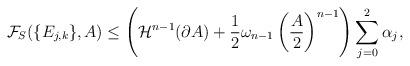
LaTeX: \begin{align*} \mathcal{F}_S(\{E_{j,k}\},A) \leq \left(\mathcal{H}^{n-1}(\partial A) + \frac{1}{2} \omega_{n-1} \left(\frac{ A}{2}\right)^{n-1}\right) \sum_{j=0}^2 \alpha_j,\end{align*}